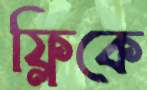
ফ্লিকে